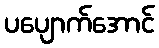
ပပျောက်အောင်